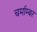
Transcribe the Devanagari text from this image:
चर्माम्बर